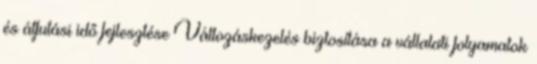
és átfutási idő fejlesztése Változáskezelés biztosítása a vállalati folyamatok